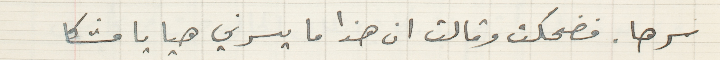
سرها. فضحكت وقالت ان هذا ما يسرني هيا يا مشكا